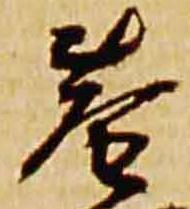
巷